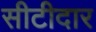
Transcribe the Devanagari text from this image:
सीटीदार